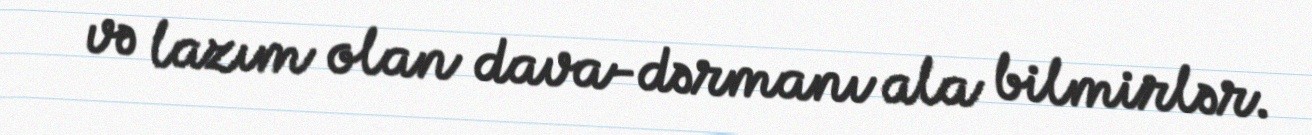
və lazım olan dava-dərmanı ala bilmirlər.